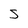
Character: s